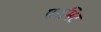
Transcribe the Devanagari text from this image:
परमिट